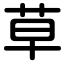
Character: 草